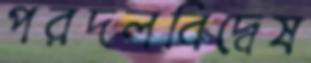
পরদলবিদ্বেষ